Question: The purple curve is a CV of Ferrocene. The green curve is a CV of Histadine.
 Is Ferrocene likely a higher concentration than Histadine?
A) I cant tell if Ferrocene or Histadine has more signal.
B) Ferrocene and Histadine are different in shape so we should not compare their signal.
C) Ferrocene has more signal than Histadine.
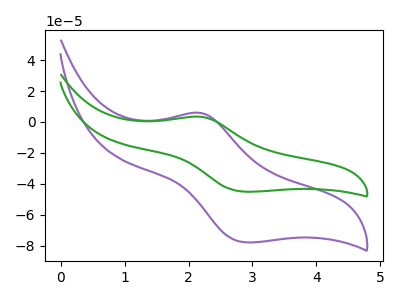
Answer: <think>The purple curve "Ferrocene" has an anodic peak at (2.20V, 5.85uA) and a cathodic peak at (2.90V, -77.80uA). The green curve "Histadine" has an anodic peak at (2.20V, 3.40uA) and a cathodic peak at (2.90V, -45.05uA).
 All the peaks in "Ferrocene" have a peak in "Histadine" at the same potential. Every peak in "Ferrocene" is higher than every peak in "Histadine".</think>
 <answer>C) "Ferrocene" has more signal than "Histadine".</answer>
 <eval>C</eval>